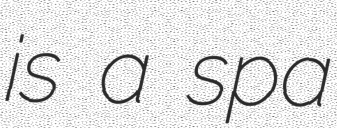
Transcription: is a spa